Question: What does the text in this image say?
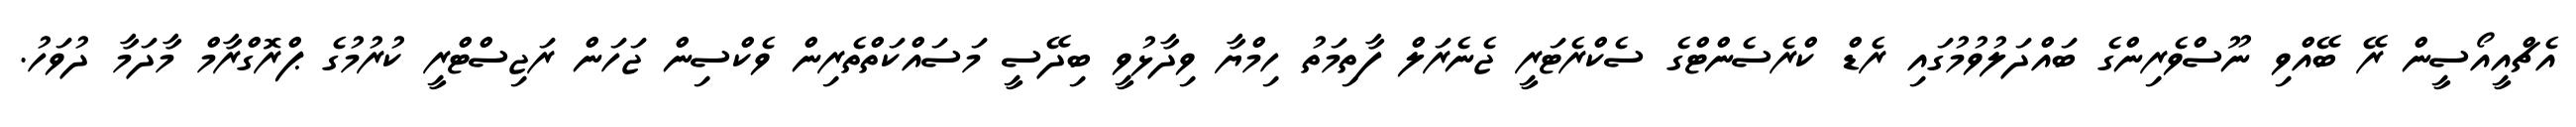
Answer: އެޗްއީއޯސީން ރޭ ބޭއްވި ނޫސްވެރިންގެ ބައްދަލުވުމުގައި ރެޑް ކްރެސެންޓްގެ ސެކްރެޓަރީ ޖެނެރަލް ފާތިމަތު ހިމްޔާ ވިދާޅުވީ ބިދޭސީ މަސައްކަތްތެރިން ވެކްސިން ޖަހަން ރަޖިސްޓްރީ ކުރުމުގެ ޕްރޮގްރާމް މާދަމާ ދުވަހު.